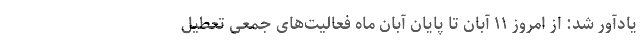
یادآور شد: از امروز ۱۱ آبان تا پایان آبان ماه فعالیت‌های جمعی تعطیل